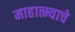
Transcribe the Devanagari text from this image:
माहात्म्याचे